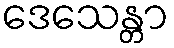
ဒေသေန္တာ